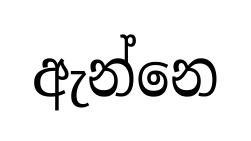
ඇන්නෙ